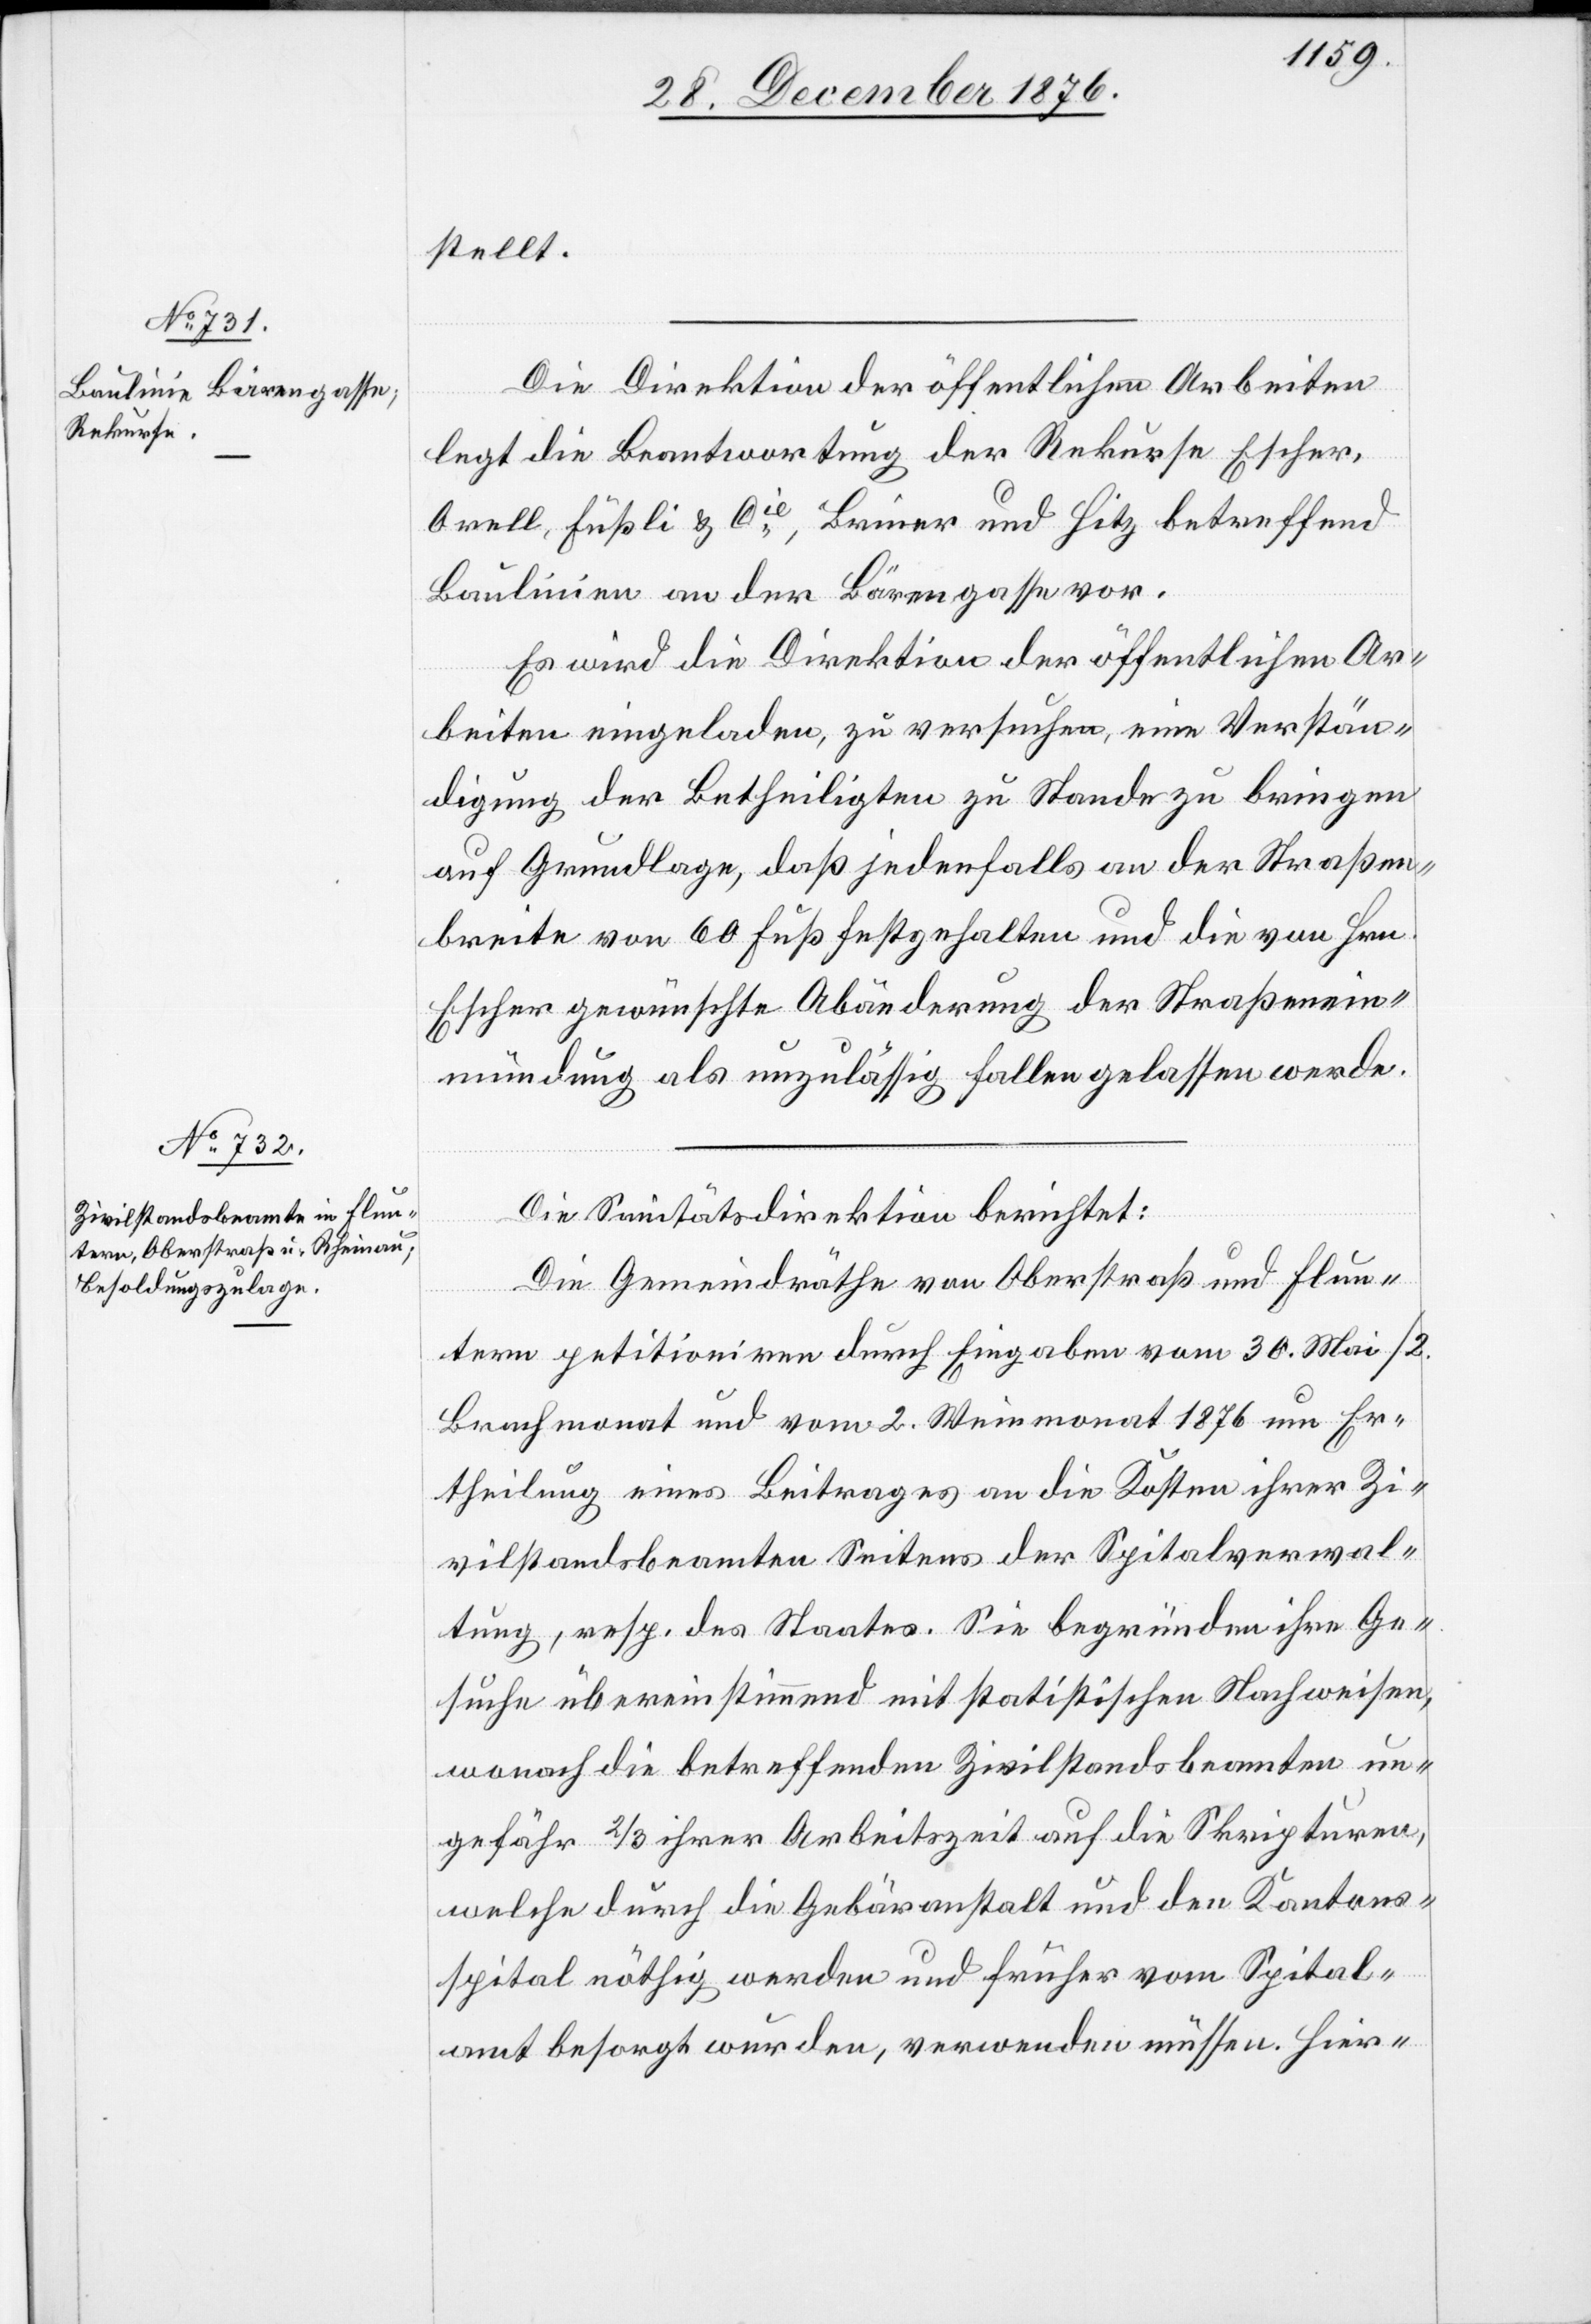
stellt.
Die Direktion der öffentlichen Arbeiten
legt die Beantwortung der Rekurse Escher,
Orell, Füßli & Cie, Briner und Hitz betreffend
Baulinien an der Bärengasse vor.
Es wird die Direktion der öffentlichen Ar¬
beiten eingeladen, zu versuchen, eine Verstän¬
digung der Betheiligten zu Stande zu bringen
auf Grundlage, daß jedenfalls an der Straßen¬
breite von 60 Fuß festgehalten und die von Hrn.
Escher gewünschte Abänderung der Straßenein¬
mündung als unzulässig fallen gelassen werde.
Die Sanitätsdirektion berichtet:
Die Gemeindräthe von Oberstraß und Flun¬
tern petitioniren durch Eingaben vom 30. Mai / 2.
Brachmonat und vom 2. Weinmonat 1876 um Er¬
theilung eines Beitrages an die Kosten ihrer Zi¬
vilstandsbeamten Seitens der Spitalverwal¬
tung, resp. des Staates. Sie begründen ihre Ge¬
suche übereinstimmend mit statistischen Nachweisen,
wonach die betreffenden Zivilstandsbeamten un¬
gefähr 2/3 ihrer Arbeitszeit auf die Skripturen,
welche durch die Gebäranstalt und den Kantons¬
spital nöthig werden und früher vom Spital¬
amt besorgt wurden, verwenden müssen. Hier-